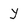
Character: y